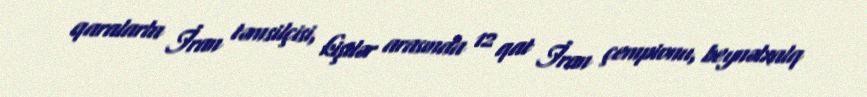
qaralarla İran təmsilçisi, kişilər arasında 12 qat İran çempionu, beynəlxalq